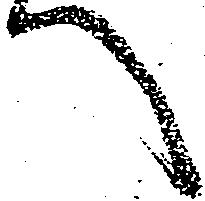
へ